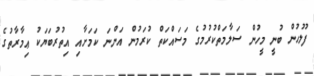
ފުލުހުން ބުނީ މީހުން ސަލާމަތްކުރުމުގެ މަސައްކަތް ކުރަމުން އަންނަ ކަމަށާއި އިތުރުބަޔަކު ޢިމާރާތުގެ